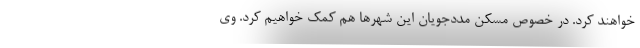
خواهند کرد. در خصوص مسکن مددجویان این شهرها هم کمک خواهیم کرد. وی